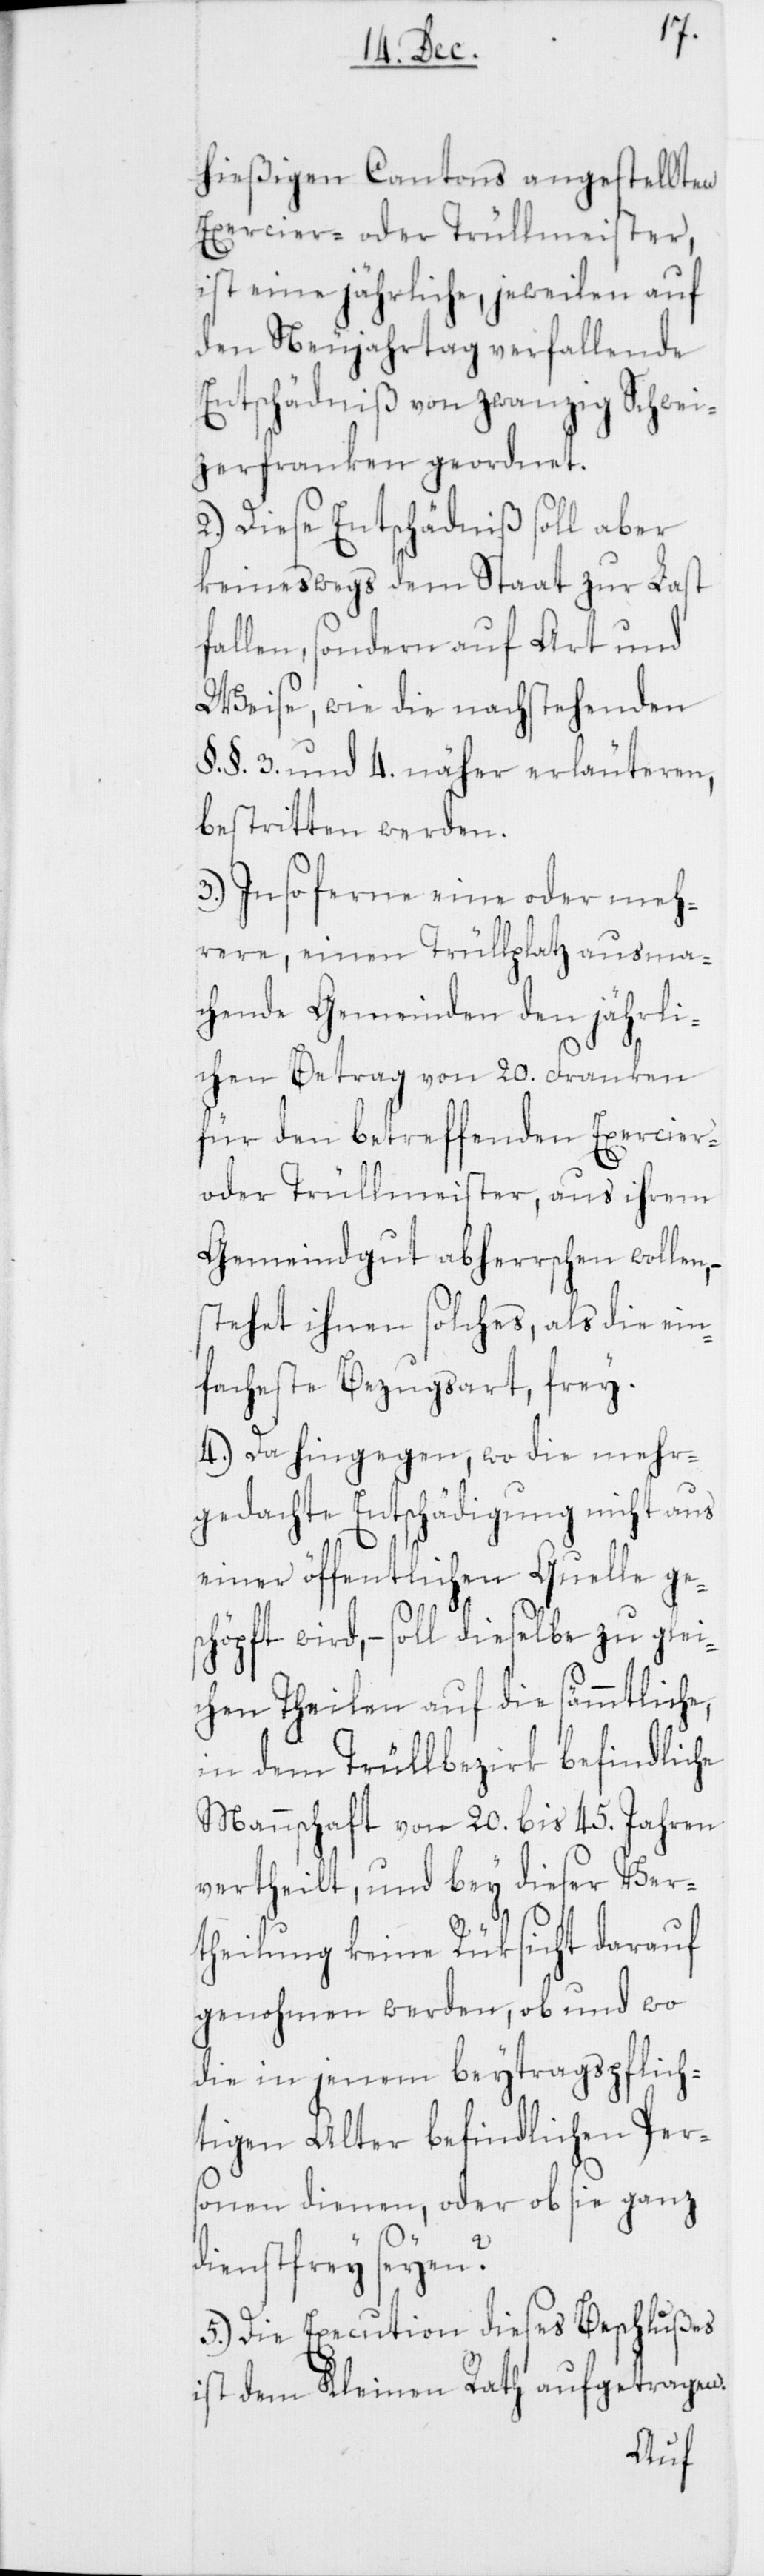
hießigen Cantons angestellten
Exercier- oder Trüllmeister,
ist eine jährliche, jeweilen auf
den Neujahrstag verfallende
Entschädniß von zwanzig Schwei¬
zerfranken geordnet.
2. Diese Entschädniß soll aber
keineswegs dem Staat zur Last
fallen, sondern auf Art und
Weise, wie die nachstehenden
§. §. 3. und 4. näher erläuteren,
bestritten werden.
3. Insoferne eine oder meh¬
rere, einen Trüllplatz ausma¬
chende Gemeinden den jährli¬
chen Betrag von 20. Franken
für den betreffenden Exercier-
oder Trüllmeister, aus ihrem
Gemeindgut abherrschen wollen,
stehet ihnen solches, als die ein¬
facheste Bezugsart, frey.
4. Da hingegen, wo die mehr¬
gedachte Entschädigung nicht aus
einer öffentlichen Quelle ge¬
schöpft wird, – soll dieselbe zu glei¬
chen Theilen auf die sämmtliche,
in dem Trüllbezirk befindliche
Mannschaft von 20. bis 45. Jahren
vertheilt, und bey dieser Ver¬
theilung keine Rüksicht darauf
genohmen werden, ob und wo
die in jenem beytragspflich¬
tigen Alter befindlichen Per¬
sonen dienen, oder ob sie ganz
dienstfrey seyen?
5. Die Execution dieses Beschlußes
ist dem Kleinen Rath aufgetragen.